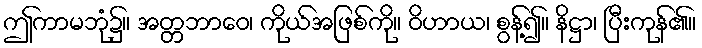
ဤကာမဘုံ၌။ အတ္တဘာဝေ၊ ကိုယ်အဖြစ်ကို။ ဝိဟာယ၊ စွန့်၍။ နိဋ္ဌာ၊ ပြီးကုန်၏။